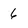
Character: 6